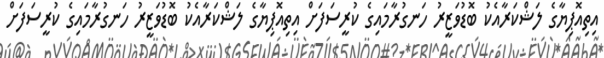
އިތިއޮޕިޔާގެ ލަޝްކަރާއެކު ބޮޑުވަޒީރު ހަނގުރާމައިގެ ކުރީސަފަށް އިތިއޮޕިޔާގެ ލަޝްކަރާއެކު ބޮޑުވަޒީރު ހަނގުރާމައިގެ ކުރީސަފަށް